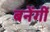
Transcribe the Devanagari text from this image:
बनेंगीं